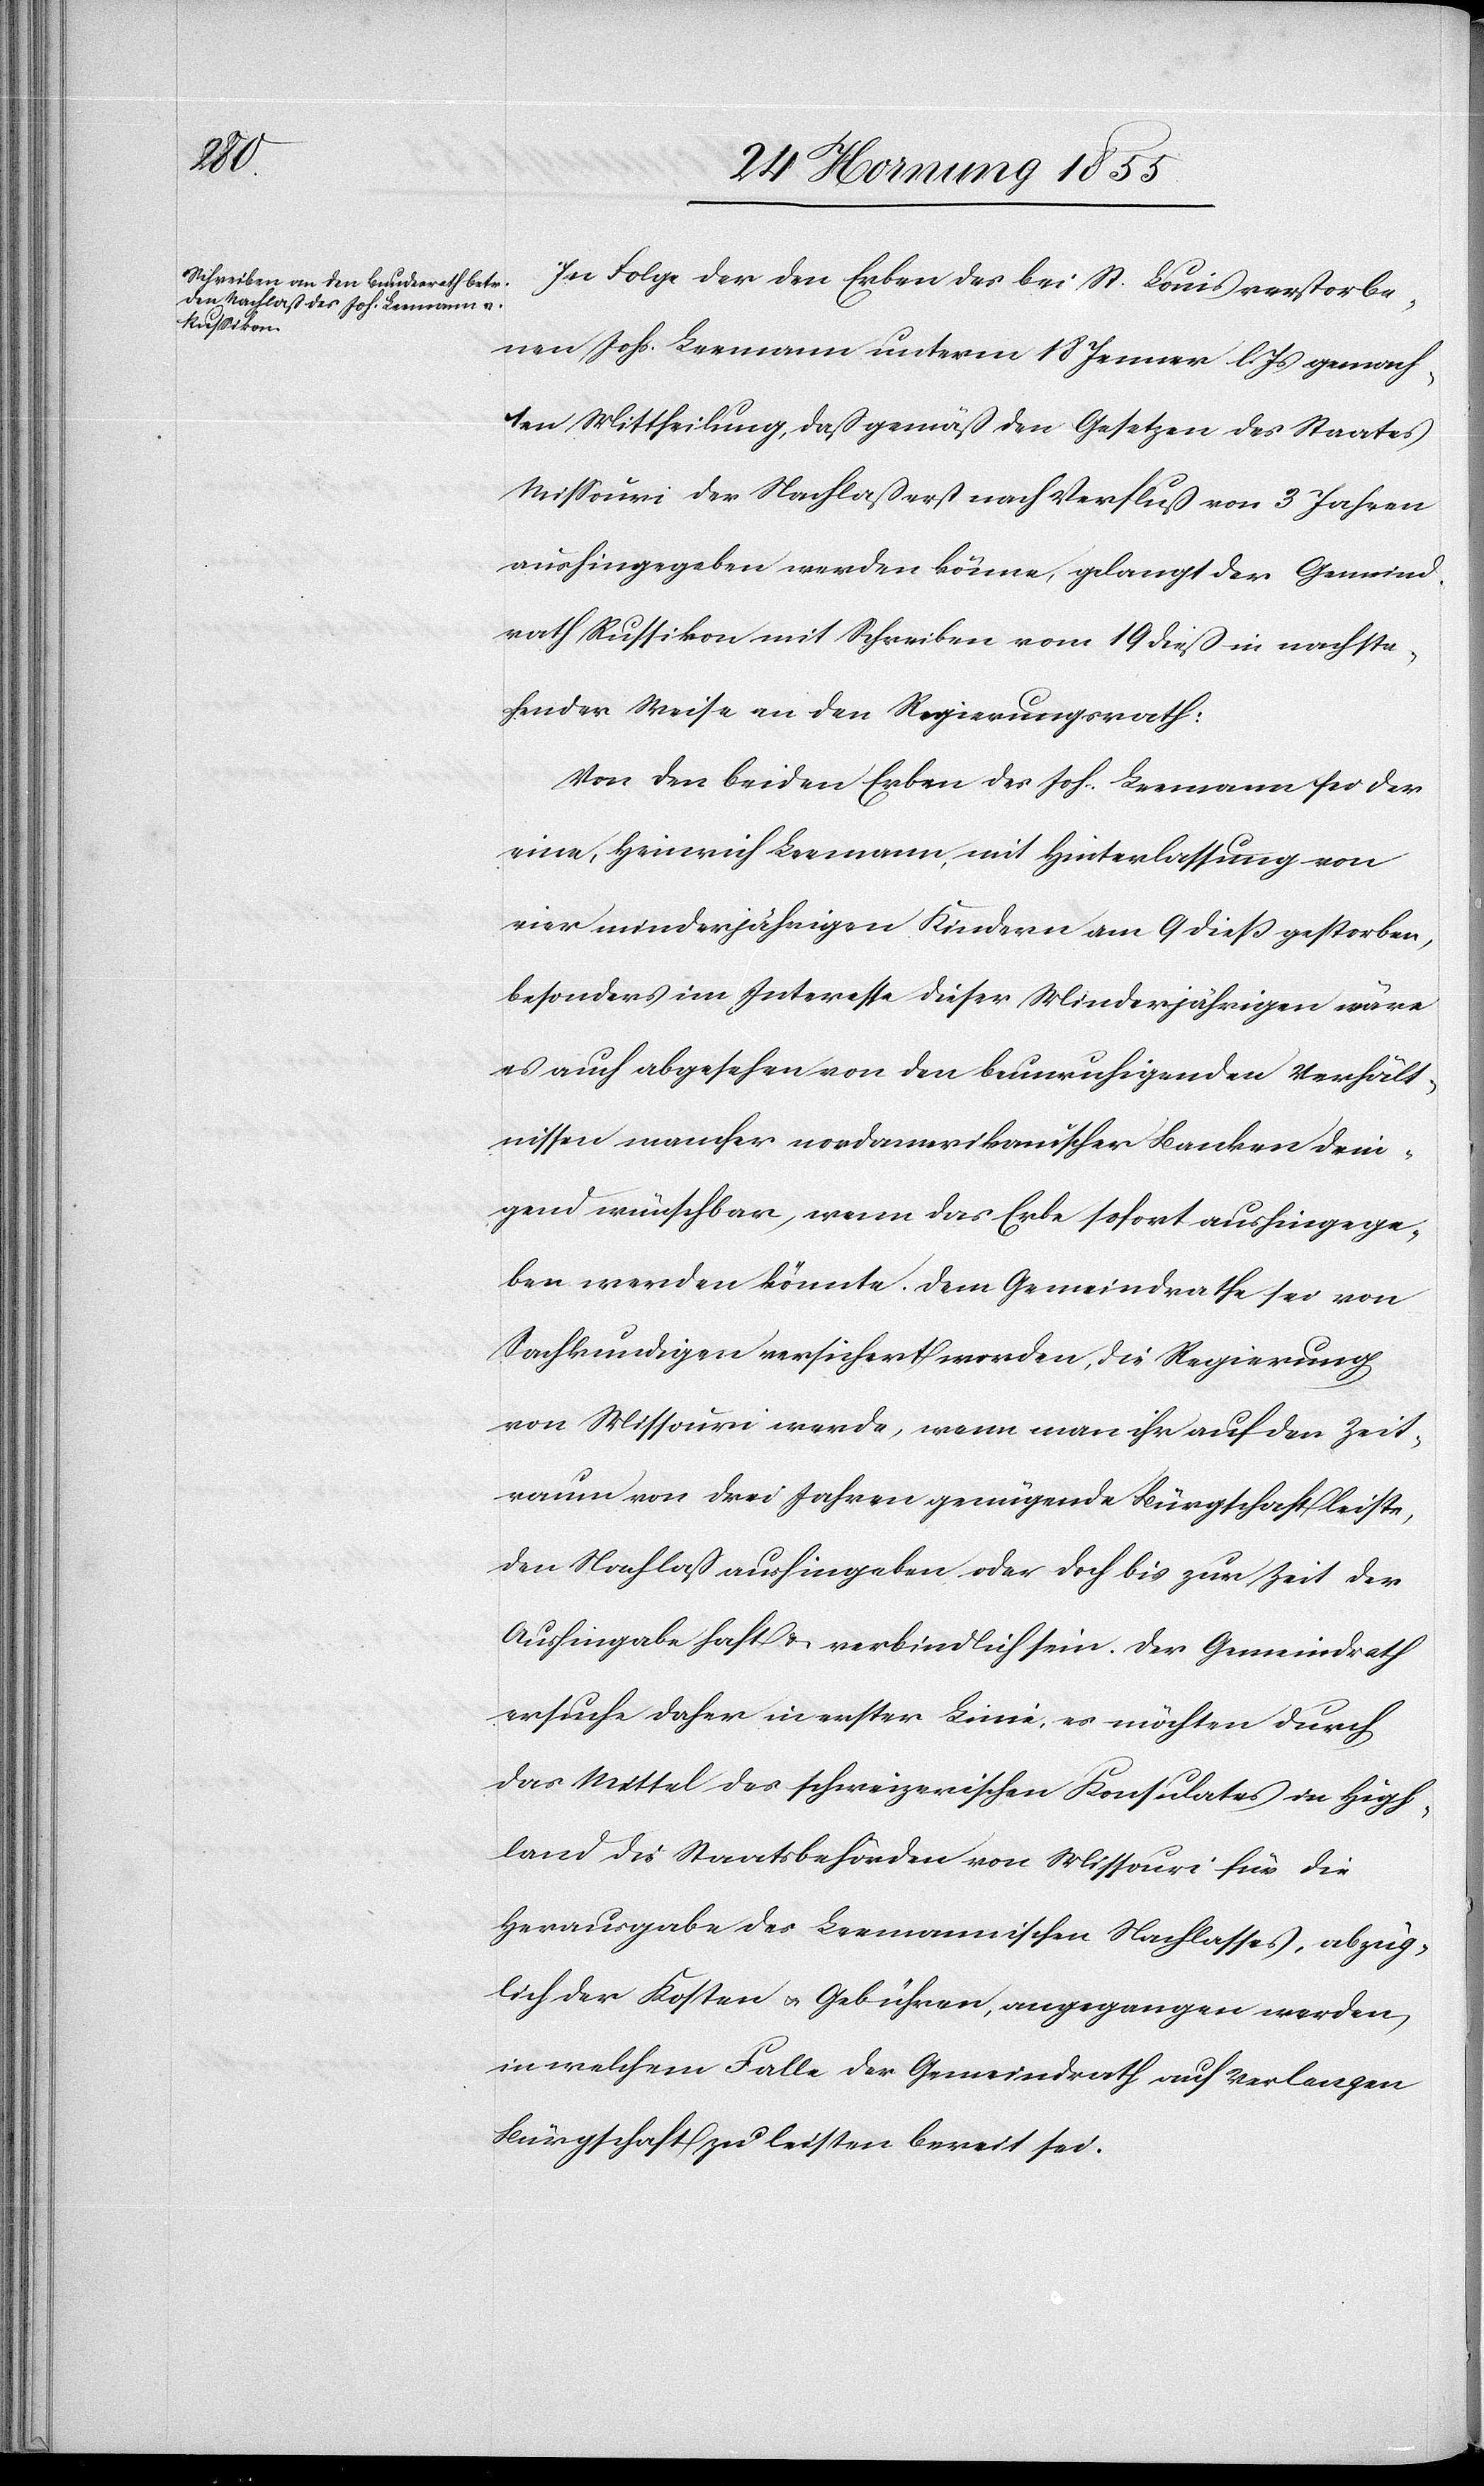
In Folge der den Erben des bei St. Louis verstorbe¬
nen Johs. Leemann unterm 18 Jenner l. Js gemach¬
ten Mittheilung, dass gemäss den Gesetzen des Staates
Missouri der Nachlass erst nach Verfluss von 3 Jahren
aushingegeben werden könne, gelangt der Gemeind¬
rath Russikon mit Schreiben vom 19 diess in nachste¬
hender Weise an den Regierungsrath:
Von den beiden Erben des Joh. Leemann sei der
eine, Heinrich Leemann, mit Hinterlassung von
vier minderjährigen Kindern am 9 dieß gestorben,
besonders im Interesse dieser Minderjährigen wäre
es auch abgesehen von den beunruhigenden Verhält¬
nissen mancher nordamerikanischer Banken drin¬
gend wünschbar, wenn das Erbe sofort aushingege¬
ben werden könnte. Dem Gemeindrathe sei von
Sachkundigen versichert worden, die Regierung
von Missouri werde, wenn man ihr auf den Zeit¬
raum von drei Jahren genügende Bürgschaft leiste,
den Nachlass aushingeben oder doch bis zur Zeit der
Aushingabe haft[en] & verbindlich sein. Der Gemeindrath
ersuche daher in erster Linie, es möchten durch
das Mittel des schweizerischen Konsulates in High¬
land die Staatsbehörden von Missouri für die
Herausgabe des Leemannischen Nachlasses, abzüg¬
lich der Kosten & Gebühren, angegangen werden,
in welchem Falle der Gemeindrath auf Verlangen
Bürgschaft zu leisten bereit sei.